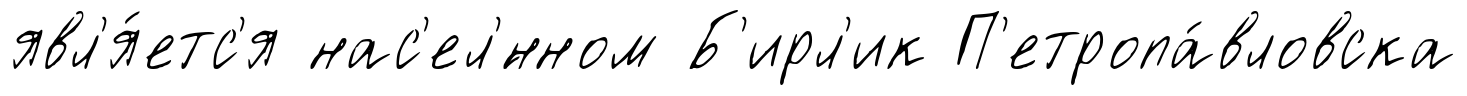
явл'я́етс'я нас'ел'́нном Б'ирл'ик П'етропа́вловска